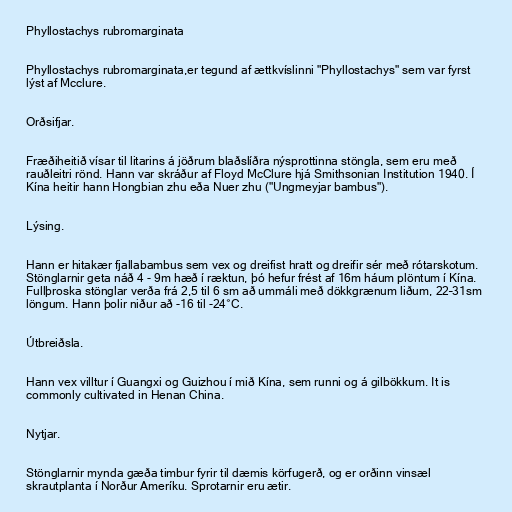
Phyllostachys rubromarginata

Phyllostachys rubromarginata,er tegund af ættkvíslinni "Phyllostachys" sem var fyrst
lýst af Mcclure.

Orðsifjar.

Fræðiheitið vísar til litarins á jöðrum blaðslíðra nýsprottinna stöngla, sem eru með
rauðleitri rönd. Hann var skráður af Floyd McClure hjá Smithsonian Institution 1940. Í
Kína heitir hann Hongbian zhu eða Nuer zhu ("Ungmeyjar bambus").

Lýsing.

Hann er hitakær fjallabambus sem vex og dreifist hratt og dreifir sér með rótarskotum.
Stönglarnir geta náð 4 - 9m hæð í ræktun, þó hefur frést af 16m háum plöntum í Kína.
Fullþroska stönglar verða frá 2,5 til 6 sm að ummáli með dökkgrænum liðum, 22–31sm
löngum. Hann þolir niður að -16 til -24°C.

Útbreiðsla.

Hann vex villtur í Guangxi og Guizhou í mið Kína, sem runni og á gilbökkum. It is
commonly cultivated in Henan China.

Nytjar.

Stönglarnir mynda gæða timbur fyrir til dæmis körfugerð, og er orðinn vinsæl
skrautplanta í Norður Ameríku. Sprotarnir eru ætir.